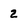
Character: 2